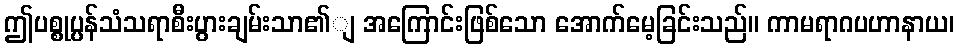
ဤပစ္စုပ္ပန်သံသရာစီးပွားချမ်းသာ၏ျ အကြောင်းဖြစ်သော အောက်မေ့ခြင်းသည်။ ကာမရာဂပဟာနာယ၊